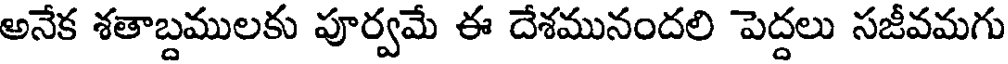
అనేక శతాబ్దములకు పూర్వమే ఈ దేశమునందలి పెద్దలు సజీవమగు